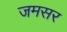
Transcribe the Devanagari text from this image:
जमसर